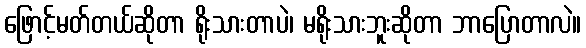
ဖြောင့်မတ်တယ်ဆိုတာ ရိုးသားတာပဲ၊ မရိုးသားဘူးဆိုတာ ဘာပြောတာလဲ။